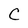
Character: C